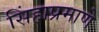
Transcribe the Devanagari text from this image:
सिंहाप्रमाणे